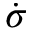
\dot { \sigma }